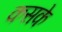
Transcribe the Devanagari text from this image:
कसके